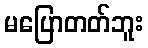
မပြောတတ်ဘူး